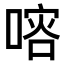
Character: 𠺀